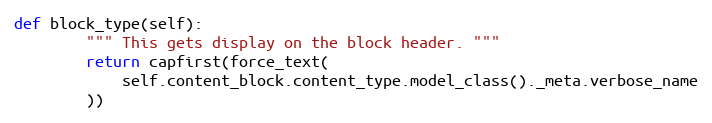
Language: Python
def block_type(self):
        """ This gets display on the block header. """
        return capfirst(force_text(
            self.content_block.content_type.model_class()._meta.verbose_name
        ))